Problem: 28 ÷ 7 = ?
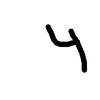
Handwritten answer: 4